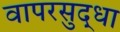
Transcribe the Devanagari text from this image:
वापरसुद्धा